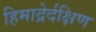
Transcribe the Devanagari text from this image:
हिमाद्रेर्दक्षिण